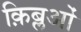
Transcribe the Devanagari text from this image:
क़िब्लओं